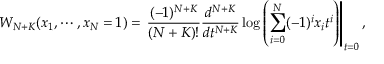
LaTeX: W _ { N + K } ( x _ { 1 } , \cdots , x _ { N } = 1 ) = \left. \frac { ( - 1 ) ^ { N + K } } { ( N + K ) ! } \frac { d ^ { N + K } } { d t ^ { N + K } } \log \left( \sum _ { i = 0 } ^ { N } ( - 1 ) ^ { i } x _ { i } t ^ { i } \right) \right| _ { t = 0 } ,